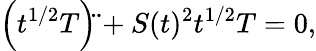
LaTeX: \left(t^{1/2}T\right)\ddot{}+S(t)^{2}t^{1/2}T=0,